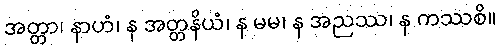
အတ္တာ၊ နာဟံ၊ န အတ္တနိယံ၊ န မမ၊ န အညဿ၊ န ကဿစိ။